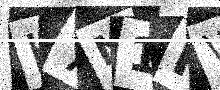
Text: H7N1HW